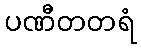
ပဏီတတရံ